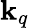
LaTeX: \mathbf{k}_{q}